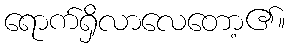
ရောက်ရှိလာလေတော့၏။